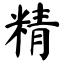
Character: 精